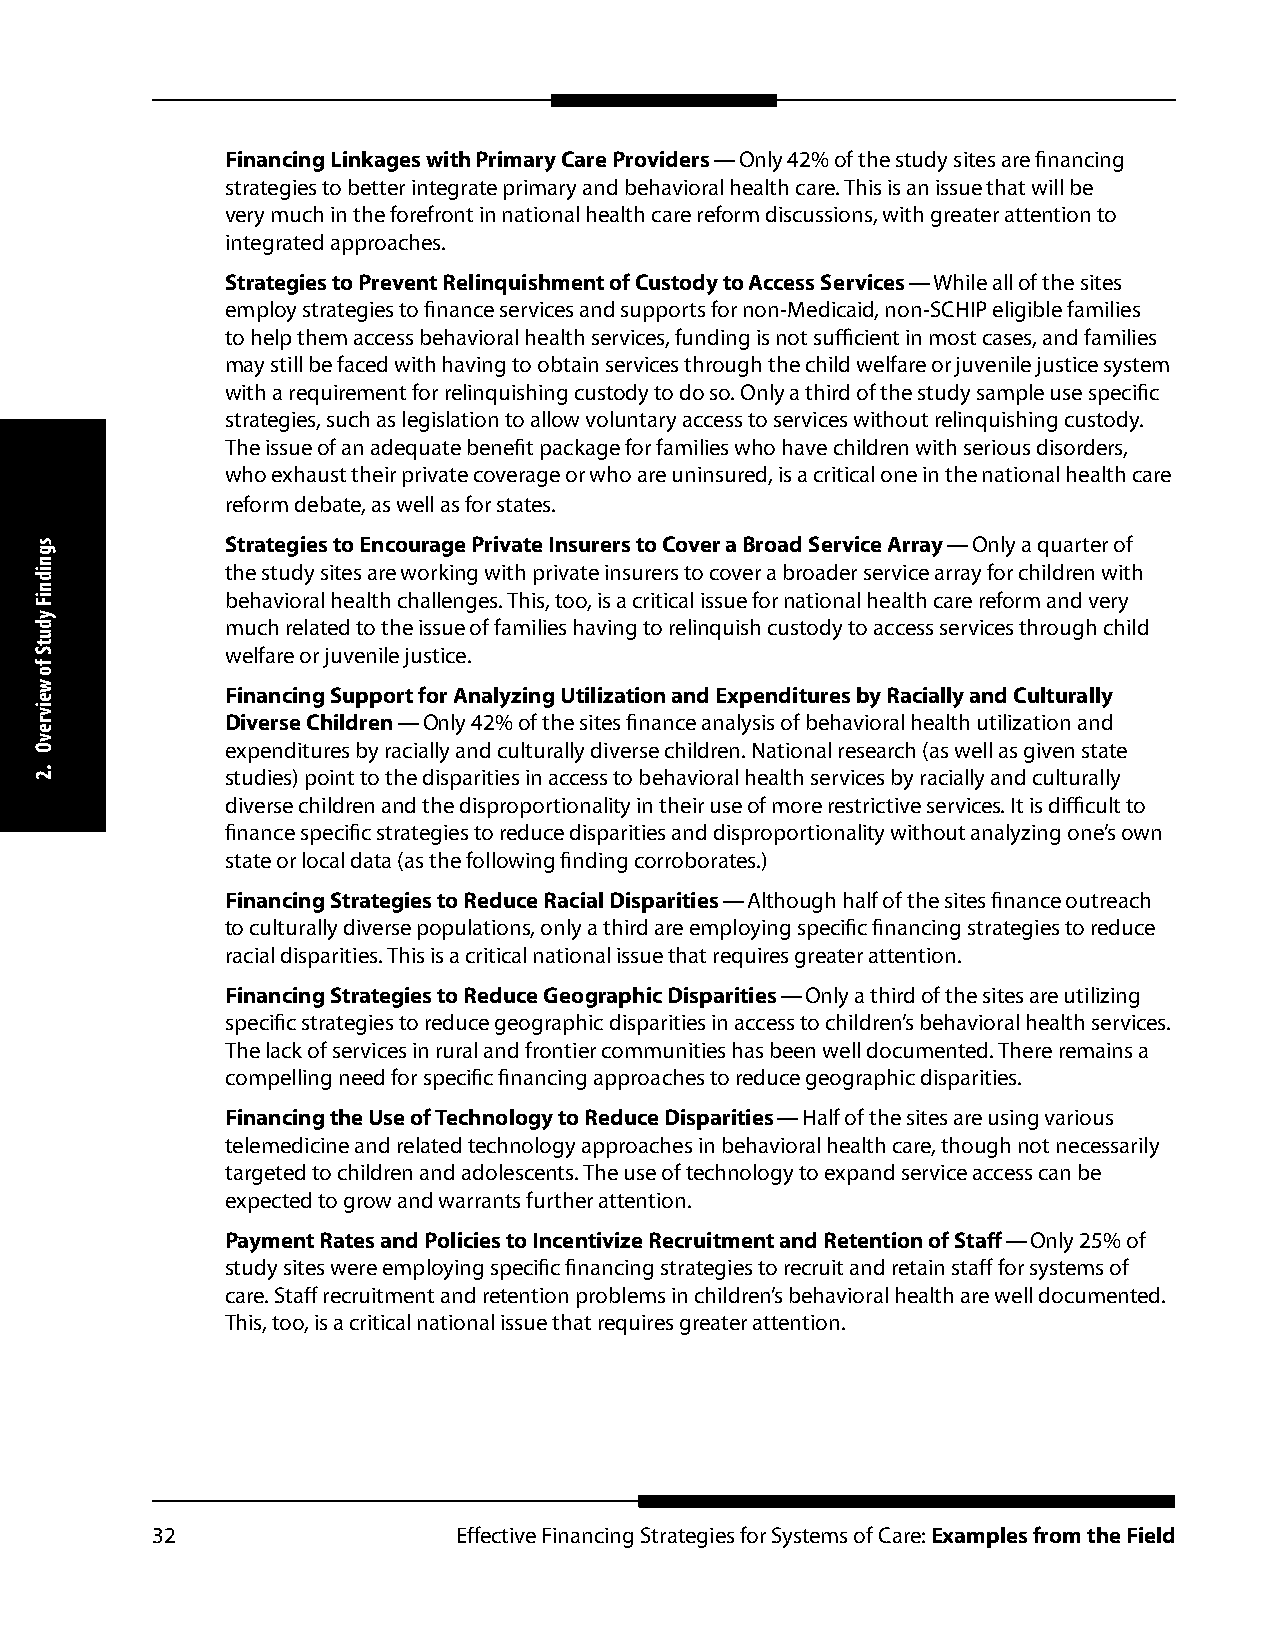
Financing Linkages with Primary Care Providers — Only 42% of the study sites are financing
 strategies to better integrate primary and behavioral health care. This is an issue that will be
 very much in the forefront in national health care reform discussions, with greater attention to
 integrated approaches.
 Strategies to Prevent Relinquishment of Custody to Access Services — While all of the sites
 employ strategies to finance services and supports for non-Medicaid, non-SCHIP eligible families
 to help them access behavioral health services, funding is not sufficient in most cases, and families
 may still be faced with having to obtain services through the child welfare or juvenile justice system
 with a requirement for relinquishing custody to do so. Only a third of the study sample use specific
 strategies, such as legislation to allow voluntary access to services without relinquishing custody.
 The issue of an adequate benefit package for families who have children with serious disorders,
 who exhaust their private coverage or who are uninsured, is a critical one in the national health care
 reform debate, as well as for states.
 Strategies to Encourage Private Insurers to Cover a Broad Service Array — Only a quarter of
 the study sites are working with private insurers to cover a broader service array for children with
 behavioral health challenges. This, too, is a critical issue for national health care reform and very
 much related to the issue of families having to relinquish custody to access services through child
 welfare or juvenile justice.
 Financing Support for Analyzing Utilization and Expenditures by Racially and Culturally
 Diverse Children — Only 42% of the sites finance analysis of behavioral health utilization and
 expenditures by racially and culturally diverse children. National research (as well as given state
 studies) point to the disparities in access to behavioral health services by racially and culturally
 diverse children and the disproportionality in their use of more restrictive services. It is difficult to
 finance specific strategies to reduce disparities and disproportionality without analyzing one’s own
 state or local data (as the following finding corroborates.)
 Financing Strategies to Reduce Racial Disparities — Although half of the sites finance outreach
 to culturally diverse populations, only a third are employing specific financing strategies to reduce
 racial disparities. This is a critical national issue that requires greater attention.
 Financing Strategies to Reduce Geographic Disparities — Only a third of the sites are utilizing
 specific strategies to reduce geographic disparities in access to children’s behavioral health services.
 The lack of services in rural and frontier communities has been well documented. There remains a
 compelling need for specific financing approaches to reduce geographic disparities.
 Financing the Use of Technology to Reduce Disparities — Half of the sites are using various
 telemedicine and related technology approaches in behavioral health care, though not necessarily
 targeted to children and adolescents. The use of technology to expand service access can be
 expected to grow and warrants further attention.
 Payment Rates and Policies to Incentivize Recruitment and Retention of Staff — Only 25% of
 study sites were employing specific financing strategies to recruit and retain staff for systems of
 care. Staff recruitment and retention problems in children’s behavioral health are well documented.
 This, too, is a critical national issue that requires greater attention.
 32                  Effective Financing Strategies for Systems of Care: Examples from the Field
 sgnidniF
 ydutS
 fo
 weivrevO
 .2